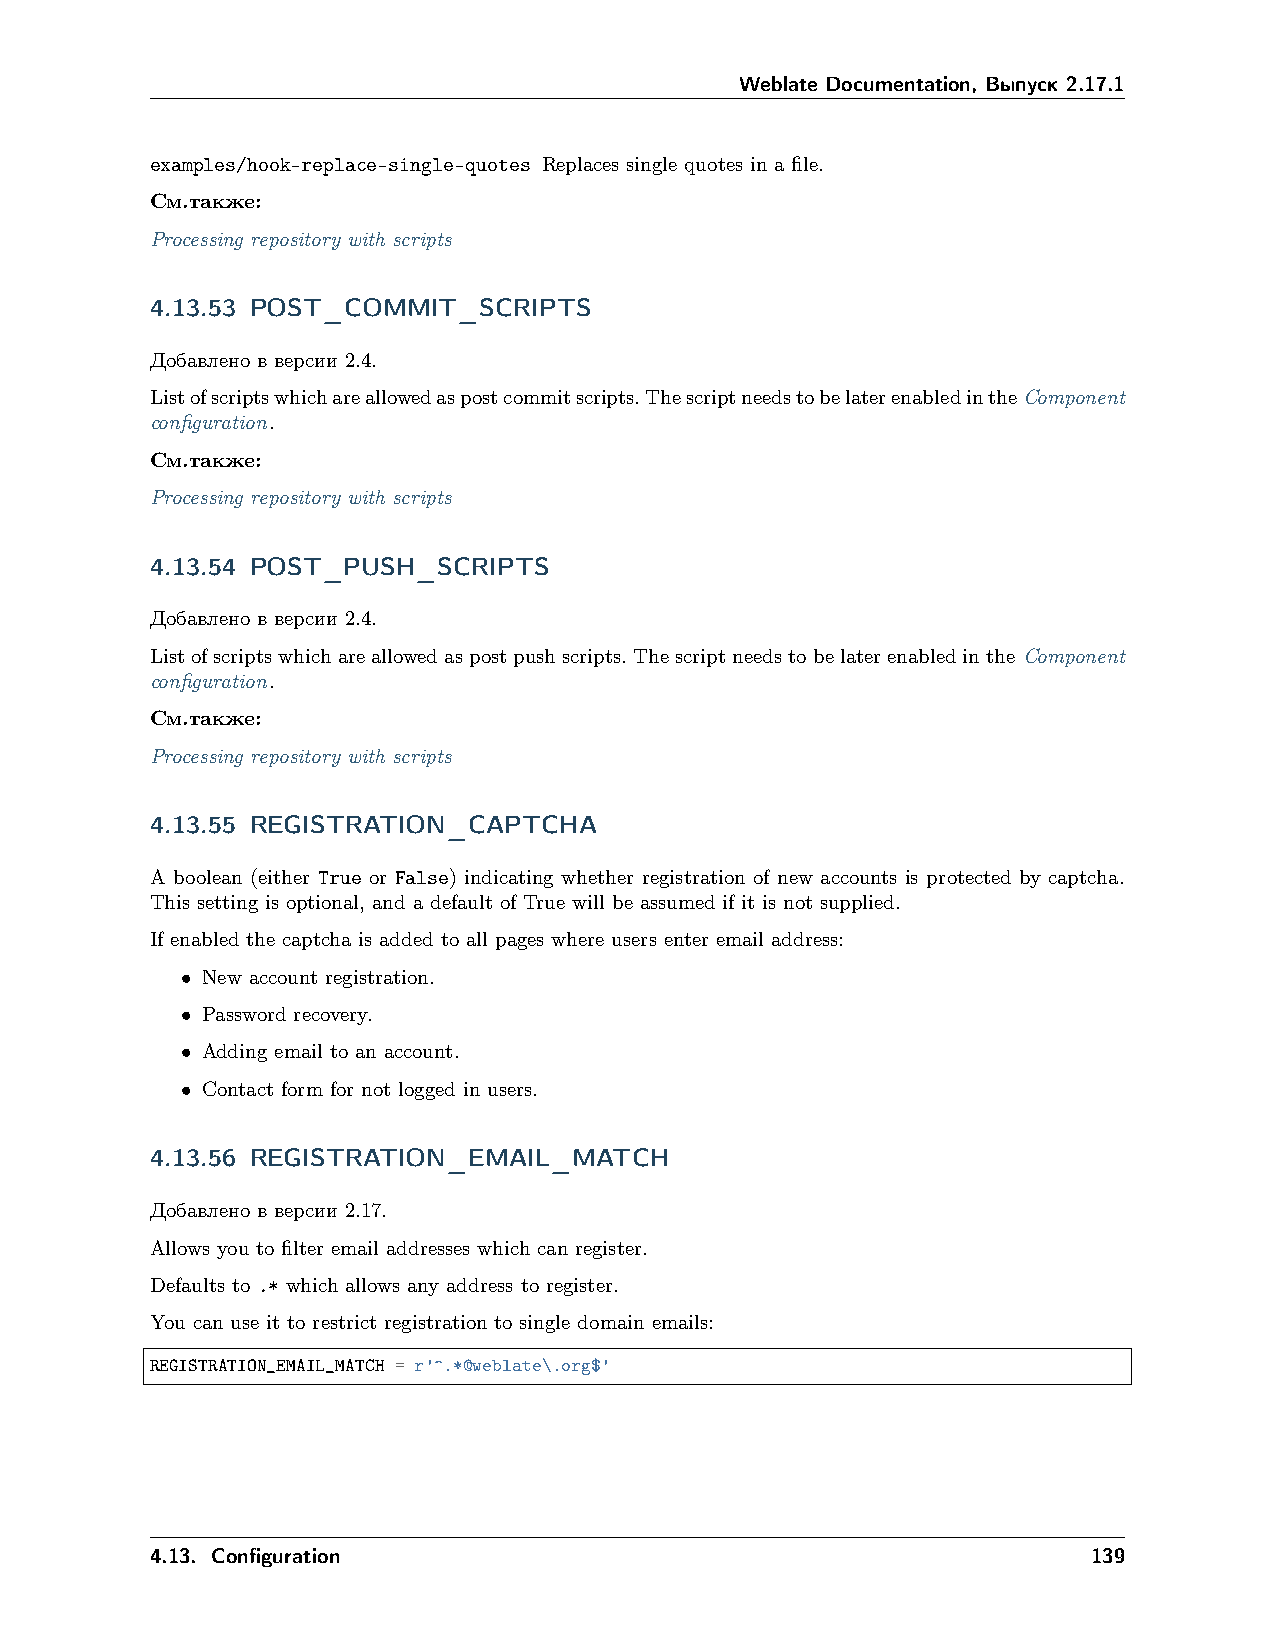
Weblate Documentation, Выпуск 2.17.1
 examples/hook-replace-single-quotes Replaces single quotes in a file.
 См.также:
 Processing repository with scripts
 4.13.53 POST_COMMIT_SCRIPTS
 Добавлено в версии 2.4.
 Listofscriptswhichareallowedaspostcommitscripts.ThescriptneedstobelaterenabledintheComponent
 configuration.
 См.также:
 Processing repository with scripts
 4.13.54 POST_PUSH_SCRIPTS
 Добавлено в версии 2.4.
 Listofscriptswhichareallowedaspostpushscripts.ThescriptneedstobelaterenabledintheComponent
 configuration.
 См.также:
 Processing repository with scripts
 4.13.55 REGISTRATION_CAPTCHA
 A boolean (either True or False) indicating whether registration of new accounts is protected by captcha.
 This setting is optional, and a default of True will be assumed if it is not supplied.
 If enabled the captcha is added to all pages where users enter email address:
 • New account registration.
 • Password recovery.
 • Adding email to an account.
 • Contact form for not logged in users.
 4.13.56 REGISTRATION_EMAIL_MATCH
 Добавлено в версии 2.17.
 Allows you to filter email addresses which can register.
 Defaults to .* which allows any address to register.
 You can use it to restrict registration to single domain emails:
 REGISTRATION_EMAIL_MATCH = r'^.*@weblate\.org$'
 4.13. Configuration                                           139